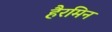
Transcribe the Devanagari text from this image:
हैरमिन